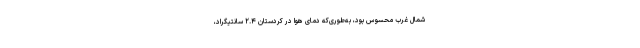
شمال غرب محسوس بود، به‌طوری‌که دمای هوا در کردستان ۲.۴ سانتیگراد،